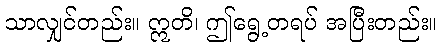
သာလျှင်တည်း။ ဣတိ၊ ဤရွေ့တရပ် အပြီးတည်း။